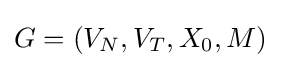
G=(V_{N},V_{T},X_{0},M)